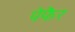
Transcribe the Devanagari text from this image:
पेफैर